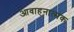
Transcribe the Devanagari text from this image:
आवाहनात्मक